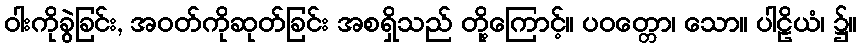
ဝါးကိုခွဲခြင်း, အဝတ်ကိုဆုတ်ခြင်း အစရှိသည် တို့ကြောင့်။ ပဝတ္တော၊ သော။ ပါဠိယံ၊ ၌။